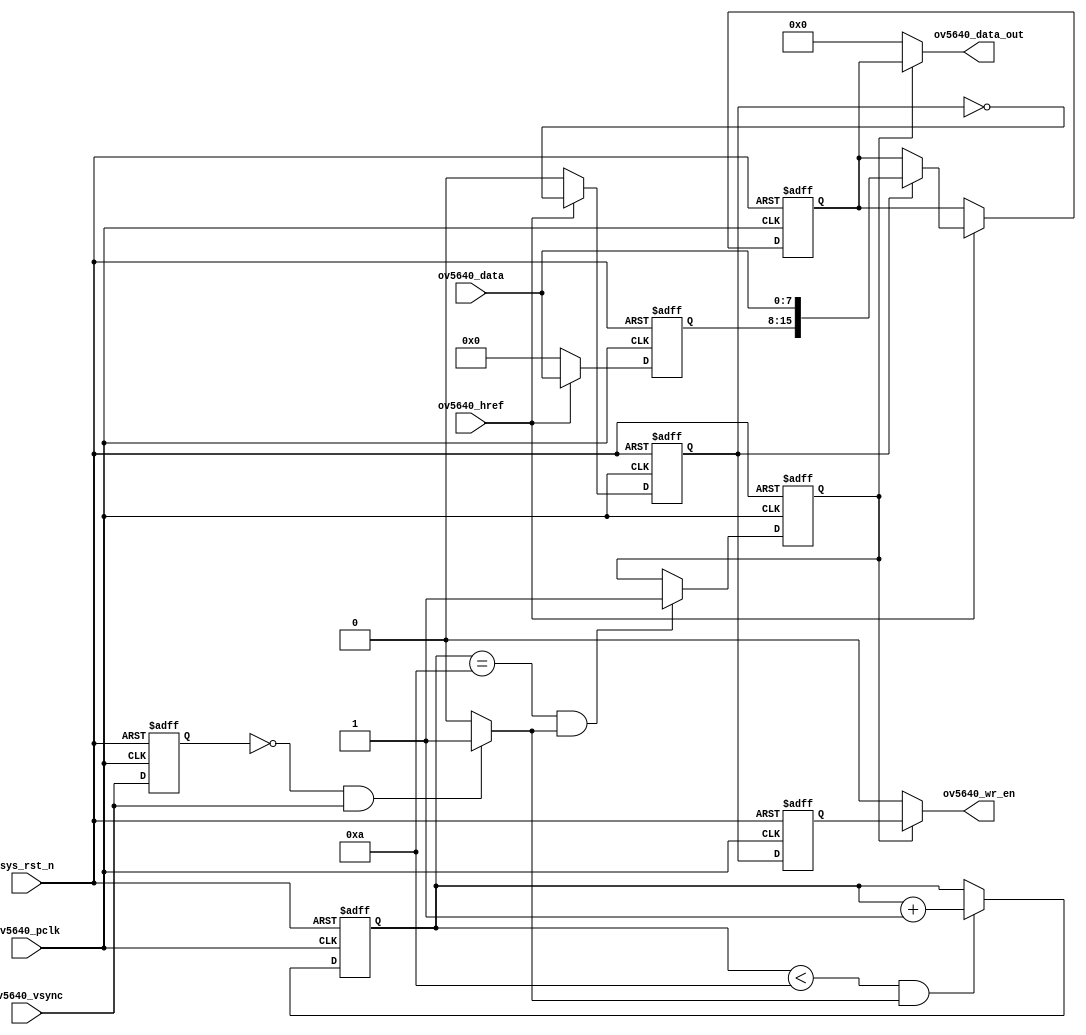
`timescale  1ns/1ns


module  ov5640_data
(
    input   wire            sys_rst_n       ,   //
// OV5640
    input   wire            ov5640_pclk     ,   //
    input   wire            ov5640_href     ,   //
    input   wire            ov5640_vsync    ,   //
    input   wire    [ 7:0]  ov5640_data     ,   //
// FIFO
    output  wire            ov5640_wr_en    ,   //
    output  wire    [15:0]  ov5640_data_out     //
);

//********************************************************************//
//****************** Parameter and Internal Signal *******************//
//********************************************************************//

//parameter define
parameter   PIC_WAIT    =   4'd10;  //

//wire  define
wire            pic_flag    ;   //,,

//reg   define
reg             ov5640_vsync_dly    ;   //
reg     [3:0]   cnt_pic             ;   //
reg             pic_valid           ;   //
reg     [7:0]   pic_data_reg        ;   //8
reg     [15:0]  data_out_reg        ;   //16
reg             data_flag           ;   //8
reg             data_flag_dly1      ;   //

//********************************************************************//
//***************************** Main Code ****************************//
//********************************************************************//

//ov5640_vsync_dly:
always@(posedge ov5640_pclk or negedge sys_rst_n)
    if(sys_rst_n == 1'b0)
        ov5640_vsync_dly    <=  1'b0;
    else
        ov5640_vsync_dly    <=  ov5640_vsync;

//pic_flag:,,
assign  pic_flag = ((ov5640_vsync_dly == 1'b0)
                    && (ov5640_vsync == 1'b1)) ? 1'b1 : 1'b0;

//cnt_pic:
always@(posedge ov5640_pclk or negedge sys_rst_n)
    if(sys_rst_n == 1'b0)
        cnt_pic <=  4'd0;
    else    if((cnt_pic < PIC_WAIT)&&(pic_flag == 1'b1))
        cnt_pic <=  cnt_pic + 1'b1;
    else
        cnt_pic <=  cnt_pic;

//pic_valid:
always@(posedge ov5640_pclk or negedge sys_rst_n)
    if(sys_rst_n == 1'b0)
        pic_valid   <=  1'b0;
    else    if((cnt_pic == PIC_WAIT) && (pic_flag == 1'b1))
        pic_valid   <=  1'b1;
    else
        pic_valid   <=  pic_valid;

//data_out_reg,pic_data_reg,data_flag:16
//88,
always@(posedge ov5640_pclk or negedge sys_rst_n)
    if(sys_rst_n == 1'b0)
        begin
            data_out_reg    <=  16'd0;
            pic_data_reg    <=  8'd0;
            data_flag       <=  1'b0;
        end
    else    if(ov5640_href == 1'b1)
        begin
            data_flag       <=  ~data_flag;
            pic_data_reg    <=  ov5640_data;
            data_out_reg    <=  data_out_reg;
        if(data_flag == 1'b1)
            data_out_reg    <=  {pic_data_reg,ov5640_data};
        else
            data_out_reg    <=  data_out_reg;
        end
    else
        begin
            data_flag       <=  1'b0;
            pic_data_reg    <=  8'd0;
            data_out_reg    <=  data_out_reg;
        end

//data_flag_dly1:
always@(posedge ov5640_pclk or negedge sys_rst_n)
    if(sys_rst_n == 1'b0)
        data_flag_dly1  <=  1'b0;
    else
        data_flag_dly1  <=  data_flag;

//ov5640_data_out:16
assign  ov5640_data_out = (pic_valid == 1'b1) ? data_out_reg : 16'b0;

//ov5640_wr_en:16
assign  ov5640_wr_en = (pic_valid == 1'b1) ? data_flag_dly1 : 1'b0;

endmodule